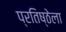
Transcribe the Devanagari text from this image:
प्रतिष्ठेला